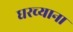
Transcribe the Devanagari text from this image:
घरच्याना